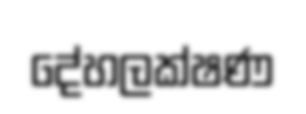
දේහලක්ෂණ